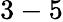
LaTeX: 3-5